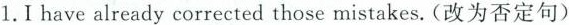
1.I have already corrected those mistakes.(改为否定句)